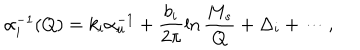
LaTeX: \alpha _ { i } ^ { - 1 } ( Q ) = k _ { i } \alpha _ { u } ^ { - 1 } + \frac { b _ { i } } { 2 \pi } \ln \frac { M _ { s } } { Q } + \Delta _ { i } + \cdots ,